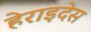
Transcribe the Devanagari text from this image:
हेराइदेस